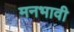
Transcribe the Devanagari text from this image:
मनभावी